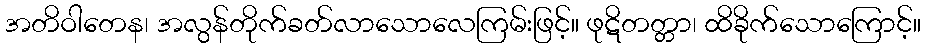
အတိဝါတေန၊ အလွန်တိုက်ခတ်လာသောလေကြမ်းဖြင့်။ ဖုဋိတတ္တာ၊ ထိခိုက်သောကြောင့်။